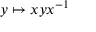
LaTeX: y \mapsto x y x ^ { - 1 }